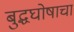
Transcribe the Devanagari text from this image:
बुद्धघोषाचा